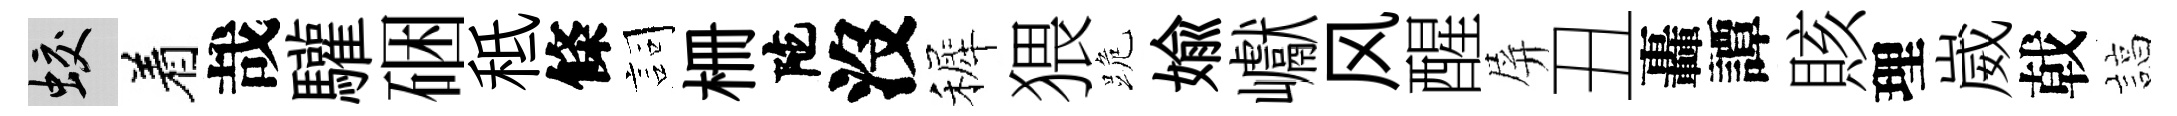
蛟着哉驩硱秪條詞栅陀沒裤猥跪媮巘风醒屏丑轟譚賅理崴戟諄